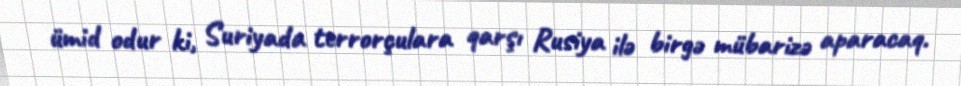
ümid odur ki, Suriyada terrorçulara qarşı Rusiya ilə birgə mübarizə aparacaq.